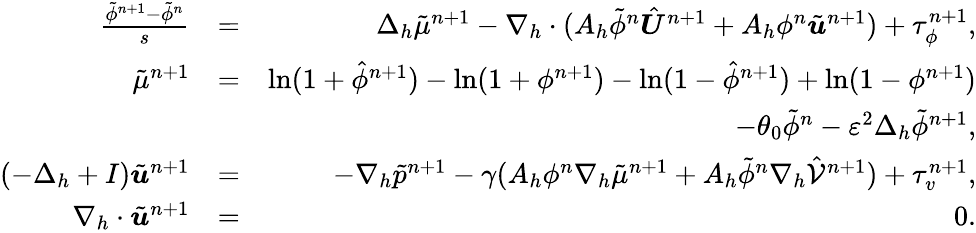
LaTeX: \begin{array}{rlr}{\frac{\tilde{\phi}^{n+1}-\tilde{\phi}^{n}}{s}}&{=}&{\Delta_{h}\tilde{\mu}^{n+1}-\nabla_{h}\cdot(A_{h}\tilde{\phi}^{n}\hat{\boldsymbol{U}}^{n+1}+A_{h}\phi^{n}\tilde{\boldsymbol{u}}^{n+1})+\tau_{\phi}^{n+1},}\\ {\tilde{\mu}^{n+1}}&{=}&{\ln(1+\hat{\phi}^{n+1})-\ln(1+\phi^{n+1})-\ln(1-\hat{\phi}^{n+1})+\ln(1-\phi^{n+1})}\\ &{}&{-\theta_{0}\tilde{\phi}^{n}-\varepsilon^{2}\Delta_{h}\tilde{\phi}^{n+1},}\\ {(-\Delta_{h}+I)\tilde{\boldsymbol{u}}^{n+1}}&{=}&{-\nabla_{h}\tilde{p}^{n+1}-\gamma(A_{h}\phi^{n}\nabla_{h}\tilde{\mu}^{n+1}+A_{h}\tilde{\phi}^{n}\nabla_{h}\hat{\mathcal{V}}^{n+1})+\tau_{v}^{n+1},}\\ {\nabla_{h}\cdot\tilde{\boldsymbol{u}}^{n+1}}&{=}&{0.}\end{array}